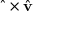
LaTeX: \textstyle { \hat { \mathbf { \omega } } } \times { \hat { \mathbf { v } } }